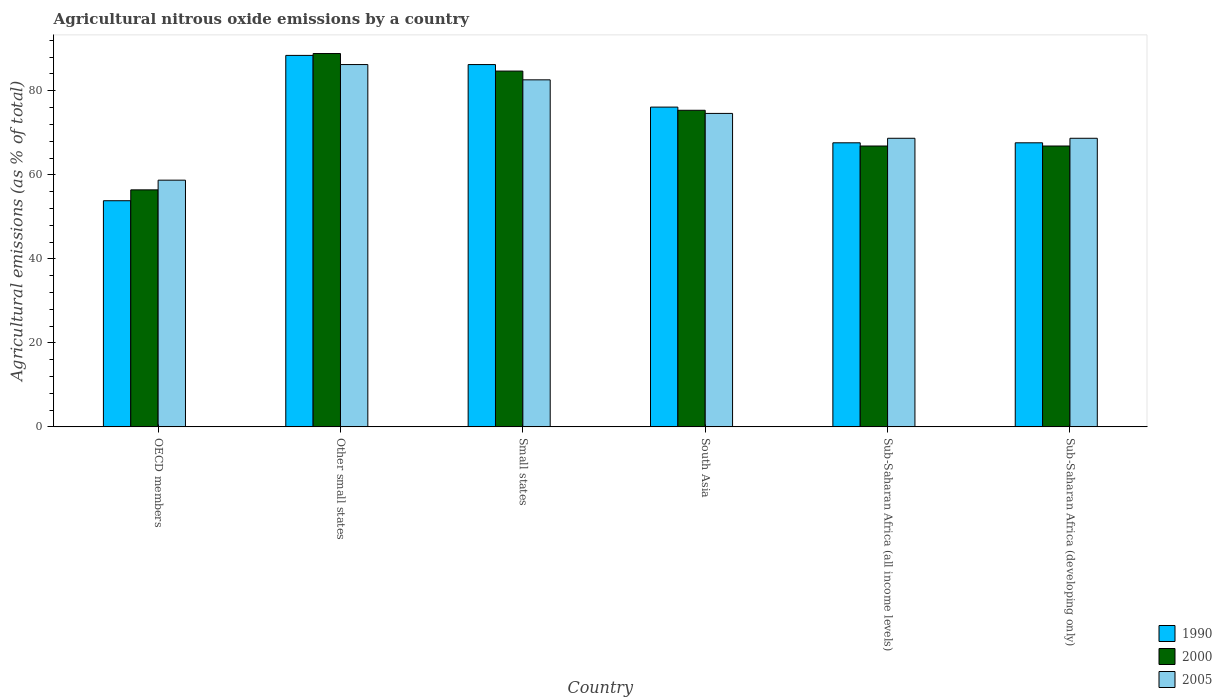
| Country | 1990 | 2000 | 2005 |
 | --- | --- | --- | --- |
 | OECD members | 53.8 | 56.4 | 58.7 |
 | Other small states | 88.4 | 88.9 | 86.2 |
 | Small states | 86.2 | 84.7 | 82.6 |
 | South Asia | 76.1 | 75.4 | 74.6 |
 | Sub-Saharan Africa (all income levels) | 67.6 | 66.9 | 68.7 |
 | Sub-Saharan Africa (developing only) | 67.6 | 66.9 | 68.7 |